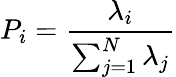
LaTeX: P_{i}=\frac{\lambda_{i}}{\sum_{j=1}^{N}\lambda_{j}}